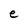
Character: e